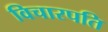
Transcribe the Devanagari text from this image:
विचारपति